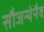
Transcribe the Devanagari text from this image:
सौजन्येनैव